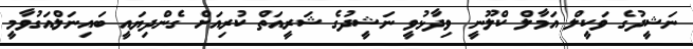
ނަޝީދުގެ ވަކީލް އަމާލް ކްލޫނީ ވިދާޅުވީ ނަޝީދުގެ ޝަރީއަތް ކުރިއަށް ގެންދިޔައީ ބައިނަލްއަގުވާމީ